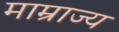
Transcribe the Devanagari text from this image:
माम्राज्य